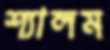
শ্যালম